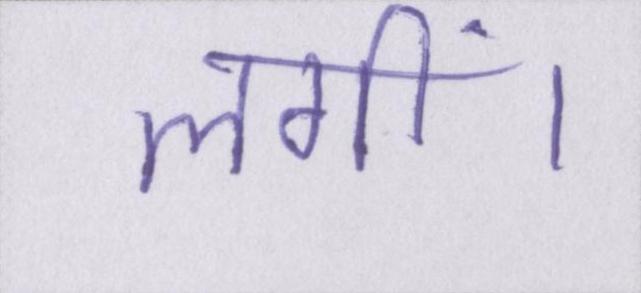
लगीं।